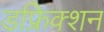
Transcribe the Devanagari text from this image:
डफ्रेिक्शन